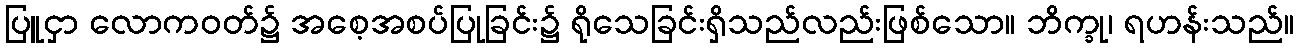
ပြူငှာ လောကဝတ်၌ အစေ့အစပ်ပြုခြင်း၌ ရိုသေခြင်းရှိသည်လည်းဖြစ်သော။ ဘိက္ခု၊ ရဟန်းသည်။